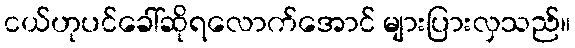
ငယ်ဟုပင်ခေါ်ဆိုရလောက်အောင် များပြားလှသည်။